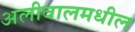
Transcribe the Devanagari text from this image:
अलीवालमधील